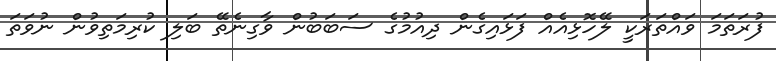
ފުރަތަމަ ވައްތަރަކީ ލޭހޮޅިއެއް ފަޅައިގެން ދިއުމުގެ ސަބަބުން ވާގިނެތޭ ބަލި ކުރިމަތިވުން ނުވަތަ